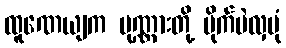
ထူဏေယျက ပုဏ္ဏားတို့ မိုက်မဲလှပုံ